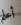
أعلم